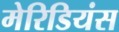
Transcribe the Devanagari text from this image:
मेरिडियंस